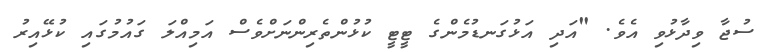
ސުޖާ ވިދާޅުވި އެވެ. "އަދި އަޅުގަނޑުމެންގެ ޓީޓީ ކުޅުންތެރިންނަށްވެސް އަމިއްލަ ގައުމުގައި ކުޅޭއިރު